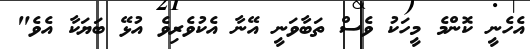
އެހެނީ ކޮންމެ މީހަކު ވެސް ތަބާވަނީ އޭނާ އެކުވެރިވެ އުޅޭ ބަޔަކާ އެވެ"